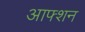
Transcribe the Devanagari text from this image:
आफ्शन